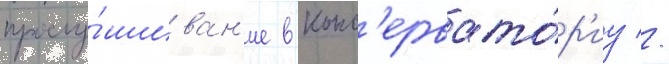
прослу́шиван'ие в конс'ервато́р'иу //